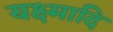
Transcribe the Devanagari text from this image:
यक्ष्मादि